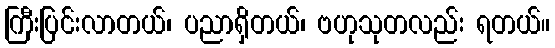
ကြီးပြင်းလာတယ်၊ ပညာရှိတယ်၊ ဗဟုသုတလည်း ရတယ်။